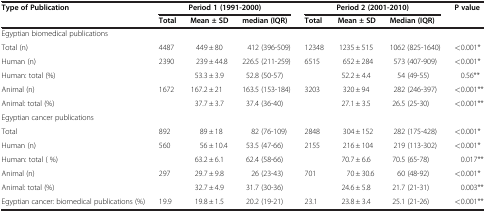
<table><thead><tr><td><b>Type of Publication</b></td><td colspan="3"><b>Period 1 (1991-2000)</b></td><td colspan="3"><b>Period 2 (2001-2010)</b></td><td><b>P value</b></td></tr><tr><td>[EMPTY_CELL]</td><td><b>Total</b></td><td><b>Mean ± SD</b></td><td><b>median (IQR)</b></td><td><b>Total</b></td><td><b>Mean ± SD</b></td><td><b>Median (IQR)</b></td><td>[EMPTY_CELL]</td></tr></thead><tbody><tr><td colspan="8">Egyptian biomedical publications</td></tr><tr><td>Total (n)</td><td>4487</td><td>449 ± 80</td><td>412 (396-509)</td><td>12348</td><td>1235 ± 515</td><td>1062 (825-1640)</td><td>&lt;0.001*</td></tr><tr><td>Human (n)</td><td>2390</td><td>239 ± 44.8</td><td>226.5 (211-259)</td><td>6515</td><td>652 ± 284</td><td>573 (407-909)</td><td>&lt;0.001*</td></tr><tr><td>Human: total (%)</td><td>[EMPTY_CELL]</td><td>53.3 ± 3.9</td><td>52.8 (50-57)</td><td>[EMPTY_CELL]</td><td>52.2 ± 4.4</td><td>54 (49-55)</td><td>0.56**</td></tr><tr><td>Animal (n)</td><td>1672</td><td>167.2 ± 21</td><td>163.5 (153-184)</td><td>3203</td><td>320 ± 94</td><td>282 (246-397)</td><td>&lt;0.001**</td></tr><tr><td>Animal: total (%)</td><td>[EMPTY_CELL]</td><td>37.7 ± 3.7</td><td>37.4 (36-40)</td><td>[EMPTY_CELL]</td><td>27.1 ± 3.5</td><td>26.5 (25-30)</td><td>&lt;0.001**</td></tr><tr><td colspan="8">Egyptian cancer publications</td></tr><tr><td>Total</td><td>892</td><td>89 ± 18</td><td>82 (76-109)</td><td>2848</td><td>304 ± 152</td><td>282 (175-428)</td><td>&lt;0.001*</td></tr><tr><td>Human (n)</td><td>560</td><td>56 ± 10.4</td><td>53.5 (47-66)</td><td>2155</td><td>216 ± 104</td><td>219 (113-302)</td><td>&lt;0.001*</td></tr><tr><td>Human: total ( %)</td><td>[EMPTY_CELL]</td><td>63.2 ± 6.1</td><td>62.4 (58-66)</td><td>[EMPTY_CELL]</td><td>70.7 ± 6.6</td><td>70.5 (65-78)</td><td>0.017**</td></tr><tr><td>Animal (n)</td><td>297</td><td>29.7 ± 9.8</td><td>26 (23-43)</td><td>701</td><td>70 ± 30.6</td><td>60 (48-92)</td><td>&lt;0.001*</td></tr><tr><td>Animal: total (%)</td><td>[EMPTY_CELL]</td><td>32.7 ± 4.9</td><td>31.7 (30-36)</td><td>[EMPTY_CELL]</td><td>24.6 ± 5.8</td><td>21.7 (21-31)</td><td>0.003**</td></tr><tr><td>Egyptian cancer: biomedical publications (%)</td><td>19.9</td><td>19.8 ± 1.5</td><td>20.2 (19-21)</td><td>23.1</td><td>23.8 ± 3.4</td><td>25.1 (21-26)</td><td>&lt;0.001**</td></tr></tbody></table>